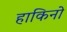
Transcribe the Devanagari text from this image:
हाकिनो